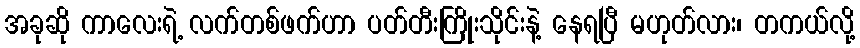
အခုဆို ကာလေးရဲ့ လက်တစ်ဖက်ဟာ ပတ်တီးကြိုးသိုင်းနဲ့ နေရပြီ မဟုတ်လား၊ တကယ်လို့